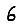
Digit: 6